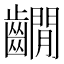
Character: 𪙩